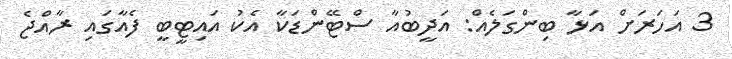
3 އަހަރަށް އަޅާ ބިންގަލެއް: އަދީބުއާ ސްޓޭންޑަކާ އެކު އައިޓީބީ ފެއާގައި ރާއްޖެ